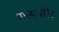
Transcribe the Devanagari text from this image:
सत्यपीरेर